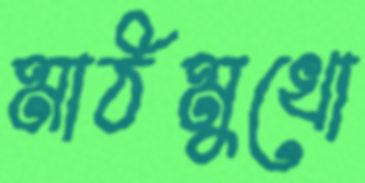
মাঠমুখো